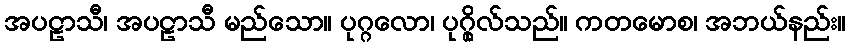
အပဠာသီ၊ အပဠာသီ မည်သော။ ပုဂ္ဂလော၊ ပုဂ္ဂိုလ်သည်။ ကတမောစ၊ အဘယ်နည်း။